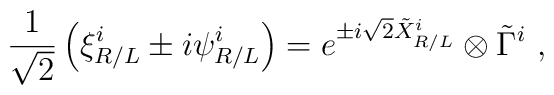
\frac{1}{\sqrt{2}}\left(\xi^{i}_{R/L}\pm         i\psi^{i}_{R/L}\right)=e^{\pm i\sqrt{2}\tilde X^{i}_{R/L}}        \otimes \tilde \Gamma^i        \ ,